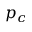
p _ { c }